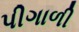
પીગાળી